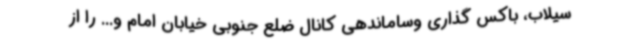
سیلاب، باکس گذاری وساماندهی کانال ضلع جنوبی خیابان امام و... را از